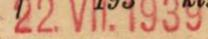
22.VII.1939